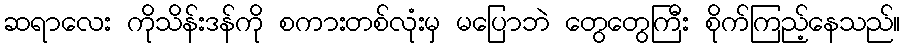
ဆရာလေး ကိုသိန်းဒန်ကို စကားတစ်လုံးမှ မပြောဘဲ တွေတွေကြီး စိုက်ကြည့်နေသည်။